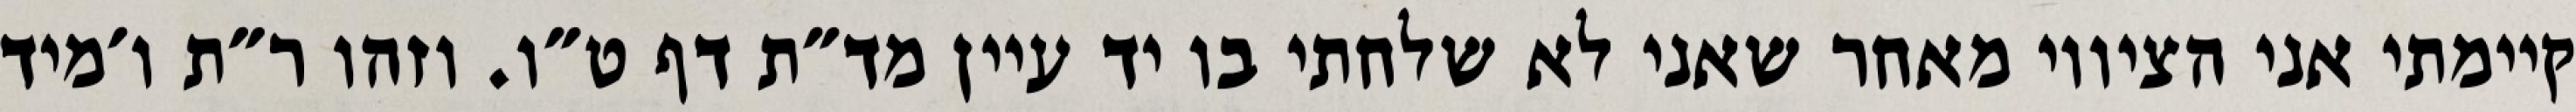
קיימתי אני הציווי מאחר שאני לא שלחתי בו יד עיין מד״ת דף ט״ו. וזהו ר״ת ו׳מיד